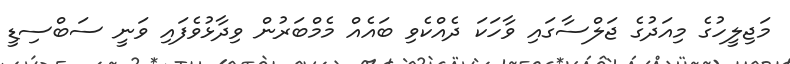
މަޖިލީހުގެ މިއަދުގެ ޖަލްސާގައި ވާހަކަ ދެއްކެވި ބައެއް މެމްބަރުން ވިދާޅުވެފައި ވަނީ ސަބްސިޑީ